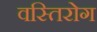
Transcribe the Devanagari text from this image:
वस्तिरोग